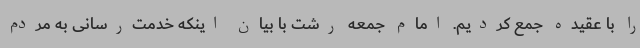
را با عقیده جمع کردیم. امام جمعه رشت با بیان اینکه خدمت‌رسانی به مردم